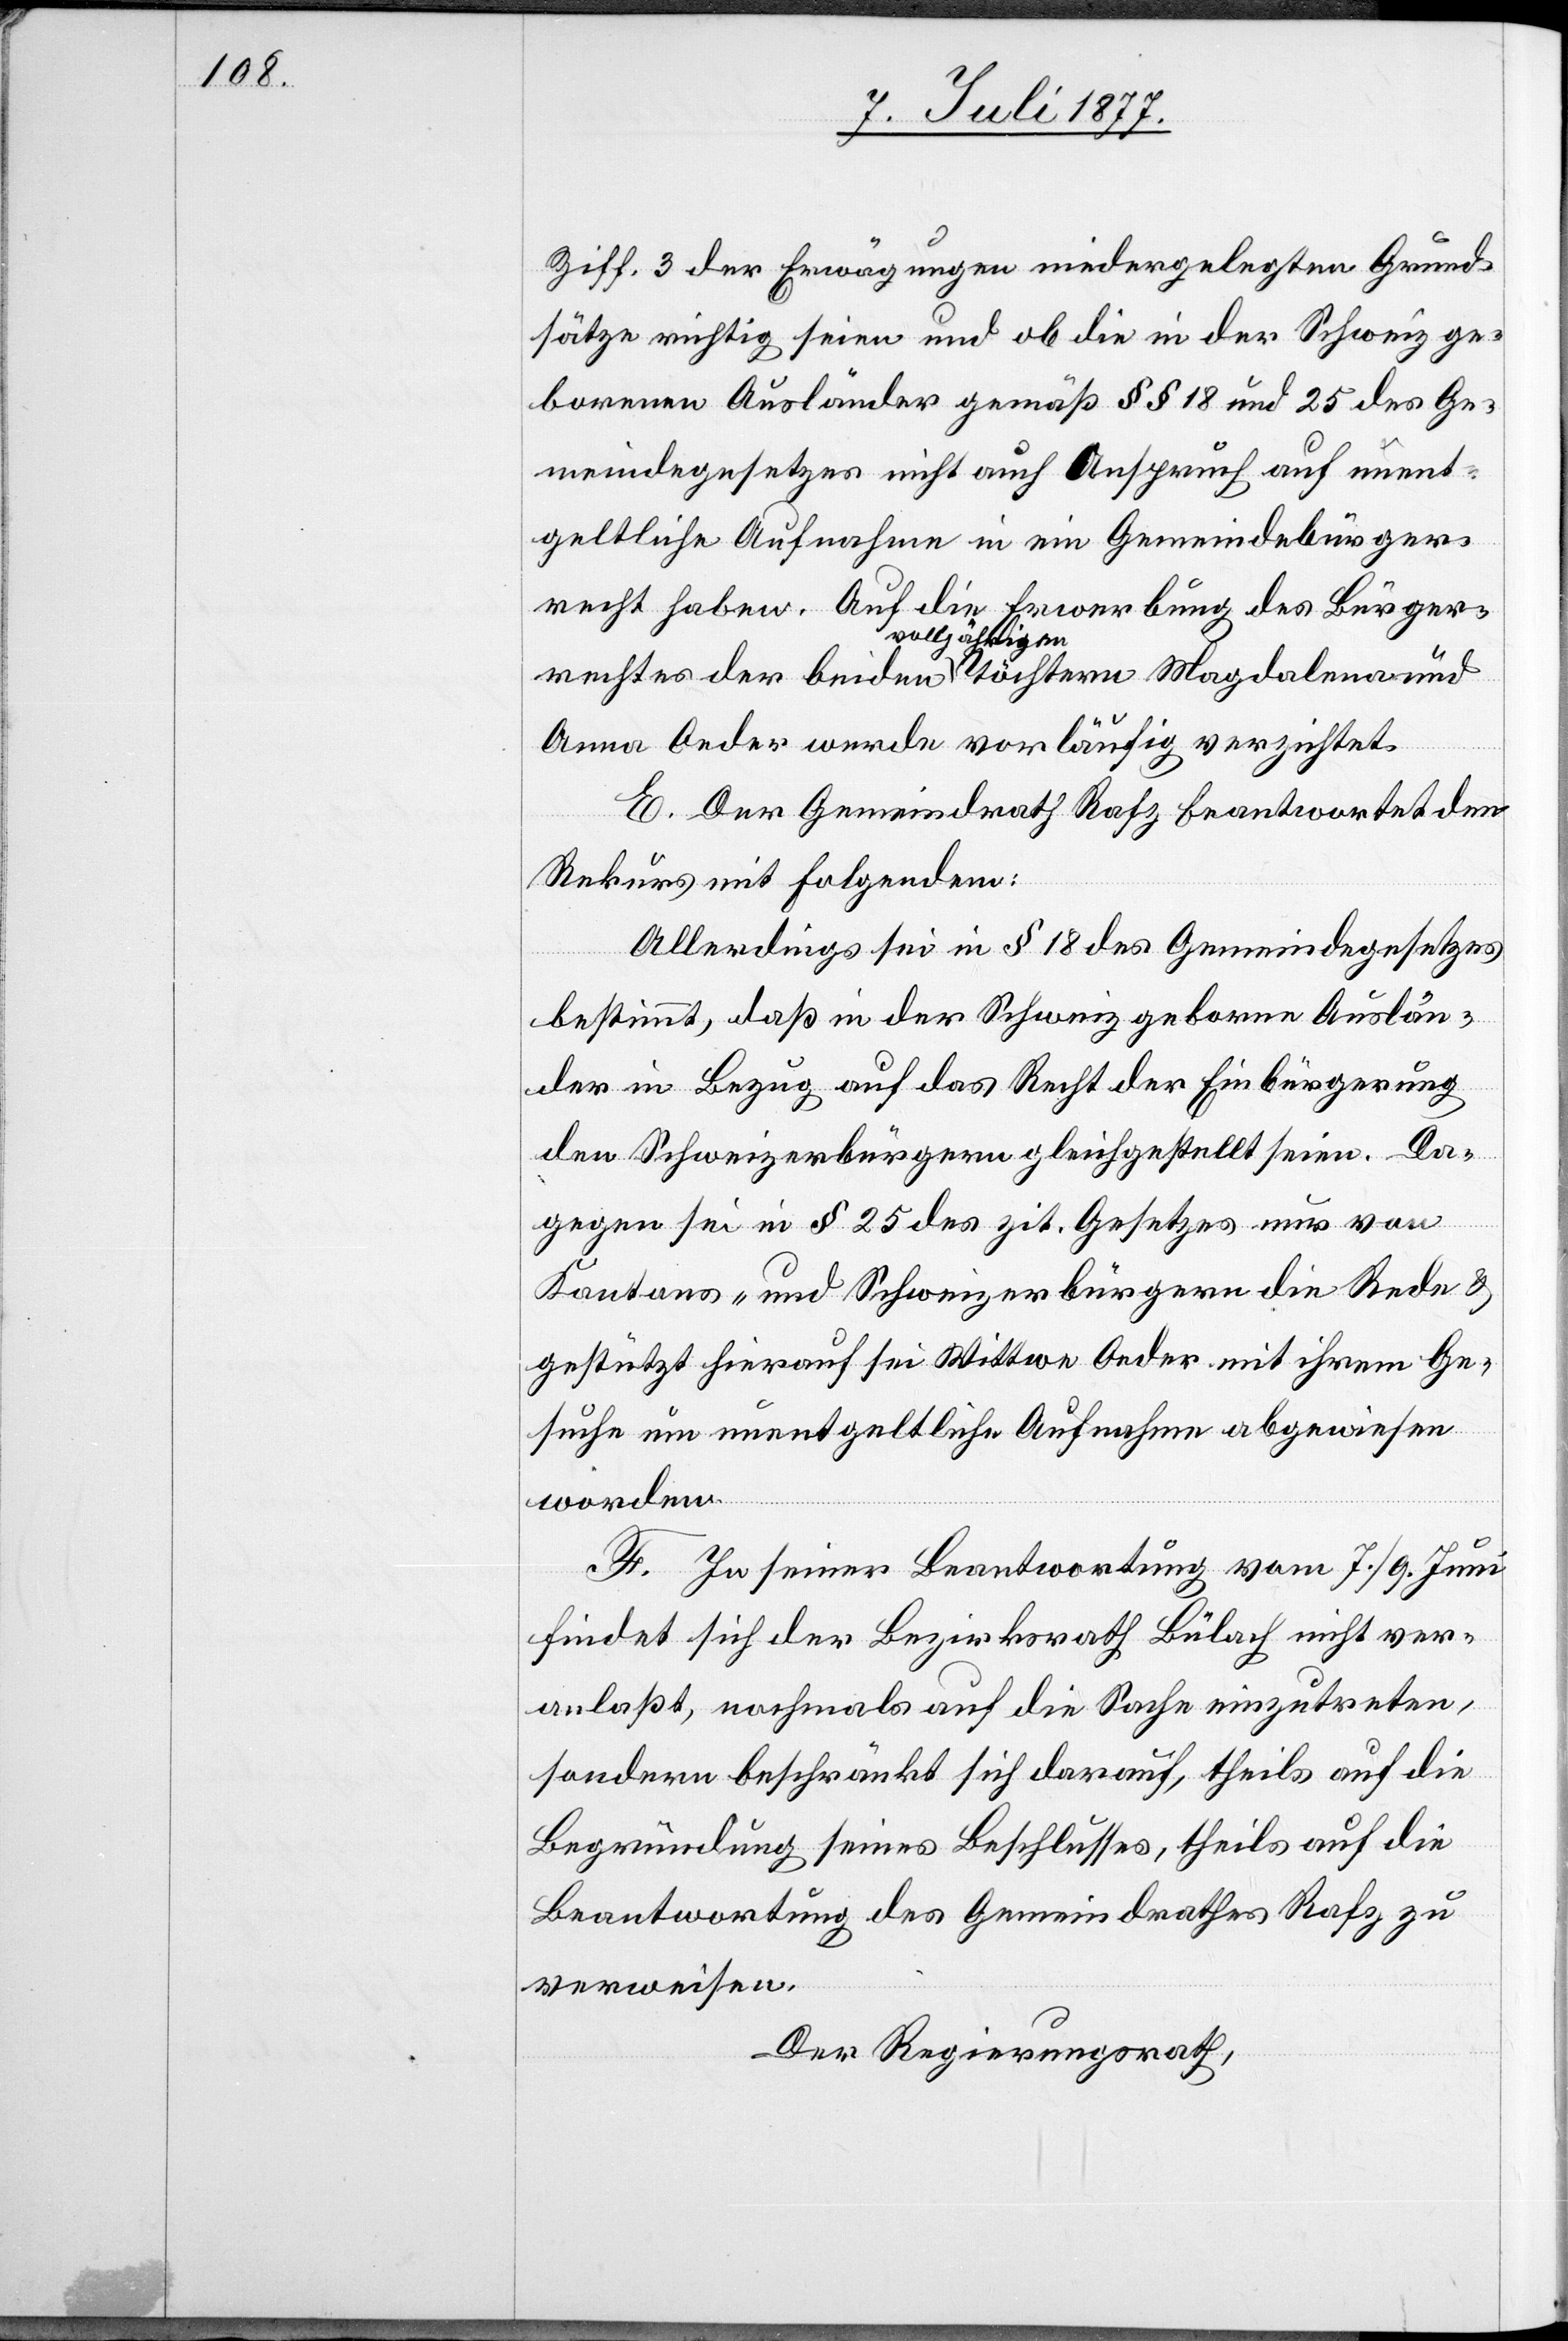
Ziff. 3 der Erwägungen niedergelegten Grund¬
sätze richtig seien und ob die in der Schweiz ge¬
borenen Ausländer gemäß §§ 18 und 25 des Ge¬
meindegesetzes nicht auch Anspruch auf unent¬
geltliche Aufnahme in ein Gemeindebürger¬
recht haben. Auf die Erwerbung des Bürger¬
rechtes der beiden volljährigen Töchtern Magdalena und
Anna Oeder werde vorläufig verzichtet.
E. Der Gemeindrath Rafz beantwortet den
Rekurs mit Folgendem:
Allerdings sei in § 18 des Gemeindegesetzes
bestimmt, daß in der Schweiz geborne Auslän¬
der in Bezug auf das Recht der Einbürgerung
den Schweizerbürgern gleichgestellt seien. Da¬
gegen sei in § 25 des zit. Gesetzes nur von
Kantons- und Schweizerbürgern die Rede &
gestützt hierauf sei Wittwe Oeder mit ihrem Ge¬
suche um unentgeltliche Aufnahme abgewiesen
worden.
F. In seiner Beantwortung vom 7./9. Juni
findet sich der Bezirksrath Bülach nicht ver¬
anlaßt, nochmals auf die Sache einzutreten,
sondern beschränkt sich darauf, theils auf die
Begründung seines Beschlusses, theils auf die
Beantwortung des Gemeindrathes Rafz zu
verweisen.
Der Regierungsrath,